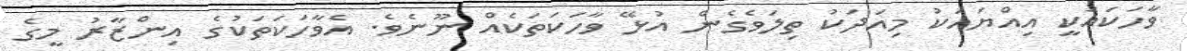
ވާހަކައަކީ އިއްޔައަކު މިއަދަކު ތިލަވެގެން އުޅޭ ވާހަކަތަކެއް ނޫނެވެ. އެވާހަކަތަކުގެ އިންޒާރު މީގެ